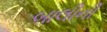
બાલીની